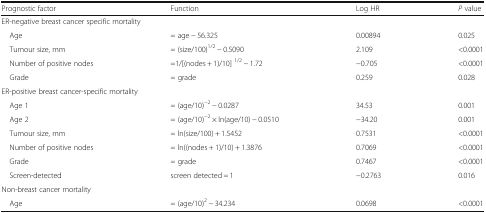
<table><thead><tr><td><b>Prognostic factor</b></td><td><b>Function</b></td><td><b>Log HR</b></td><td><b><i>P</i> value</b></td></tr></thead><tbody><tr><td colspan="4">ER-negative breast cancer specific mortality</td></tr><tr><td> Age</td><td>= age − 56.325</td><td>0.00894</td><td>0.025</td></tr><tr><td> Tumour size, mm</td><td>= (size/100)<sup>1/2</sup> − 0.5090</td><td>2.109</td><td>&lt;0.0001</td></tr><tr><td> Number of positive nodes</td><td>=1/[(nodes + 1)/10] <sup>1/2</sup> − 1.72</td><td>−0.705</td><td>&lt;0.0001</td></tr><tr><td> Grade</td><td>= grade</td><td>0.259</td><td>0.028</td></tr><tr><td colspan="4">ER-positive breast cancer-specific mortality</td></tr><tr><td> Age 1</td><td>= (age/10)<sup>−2</sup> − 0.0287</td><td>34.53</td><td>0.001</td></tr><tr><td> Age 2</td><td>= (age/10)<sup>−2</sup> × ln(age/10) − 0.0510</td><td>−34.20</td><td>0.001</td></tr><tr><td> Tumour size, mm</td><td>= ln(size/100) + 1.5452</td><td>0.7531</td><td>&lt;0.0001</td></tr><tr><td> Number of positive nodes</td><td>= ln((nodes + 1)/10) + 1.3876</td><td>0.7069</td><td>&lt;0.0001</td></tr><tr><td> Grade</td><td>= grade</td><td>0.7467</td><td>&lt;0.0001</td></tr><tr><td> Screen-detected</td><td>screen detected = 1</td><td>−0.2763</td><td>0.016</td></tr><tr><td colspan="4">Non-breast cancer mortality</td></tr><tr><td> Age</td><td>= (age/10)<sup>2</sup> − 34.234</td><td>0.0698</td><td>&lt;0.0001</td></tr></tbody></table>